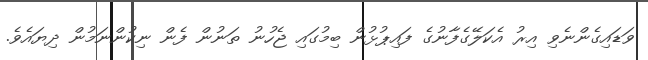
ވަޑައިގެންނެވި އިރު އެކަލޭގެފާނުގެ ފައިޕުޅުން ބިމުގައި ޖެހުނު ތަނުން ފެން ނިކުންނަމުން ދިޔައެވެ.